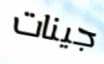
جينات